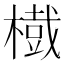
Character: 𱤐